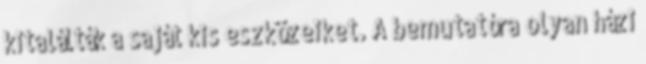
kitalálták a saját kis eszközeiket. A bemutatóra olyan házi